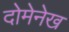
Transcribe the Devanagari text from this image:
दोमेनेख